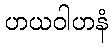
ဟယဝါဟနံ